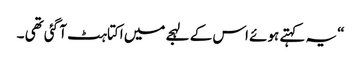
“ یہ کہتے ہوئے اس کے لہجے میں اکتاہٹ آ گئی تھی ۔